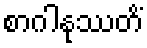
စာဂါနုဿတိံ